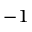
^ { - 1 }